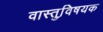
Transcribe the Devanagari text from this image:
वास्तुवि़षयक